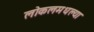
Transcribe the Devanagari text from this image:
लोकलमधल्या